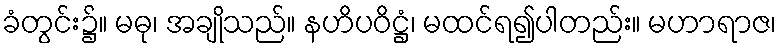
ခံတွင်း၌။ မဓု၊ အချိုသည်။ နဟိပဝိဋ္ဌံ၊ မထင်ရ၍ပါတည်း။ မဟာရာဇ၊